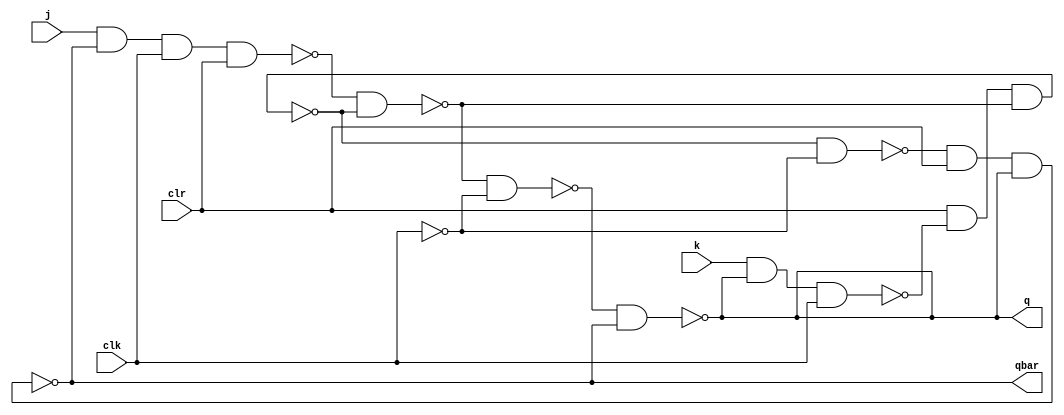
module jk(input j,input k, input clr,input clk,output q,output qbar);
  wire a,b,y,ybar,c,d,cbar;
  assign  cbar =~clk,
          a=~(j&qbar&clk&clr),
          b=~(k&q&clk),
          y=~(a&ybar),
          ybar=~(clr&b&y),
          c=~(y&cbar),
          d=~(ybar&cbar),
          q=~(c&qbar),
          qbar=~(d&clr&q);
endmodule